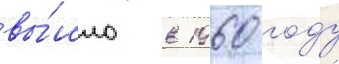
вы́шло в 1960 году